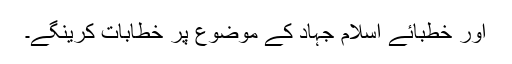
اور خطبائے اسلام جہاد کے موضوع پر خطابات کرینگے۔